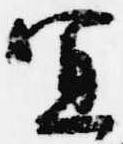
宜